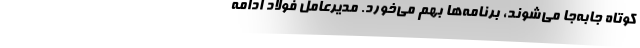
کوتاه جابه‌جا می‌شوند، برنامه‌ها بهم می‌خورد. مدیرعامل فولاد ادامه